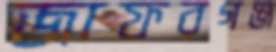
জাফরগঞ্জ